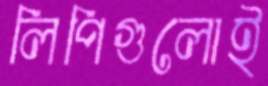
লিপিগুলোই